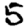
Digit: 5